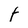
Character: t